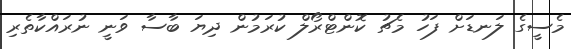
މެސީގެ ލަނޑަށް ފަހު މެޗު ކޮންޓްރޯލް ކުރަމުން ދިޔަ ބާސާ ވަނީ ނުރައްކާތެރި